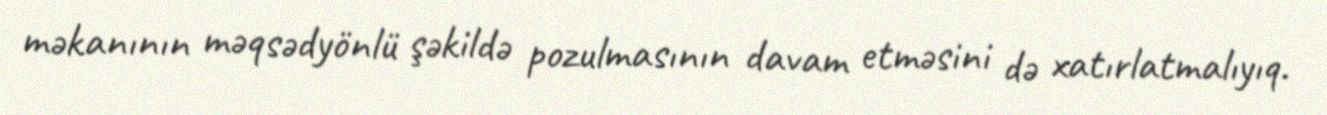
məkanının məqsədyönlü şəkildə pozulmasının davam etməsini də xatırlatmalıyıq.